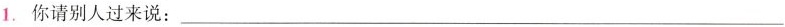
2.你请别人过来说：___